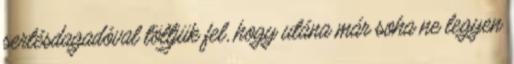
sertésdagadóval töltjük fel, hogy utána már soha ne legyen